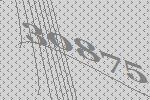
30875